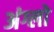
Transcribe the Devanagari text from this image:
अंग्लो